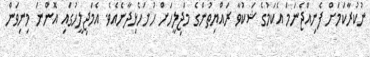
ނުކުރާކަމަށް ފެނިއްޖެނަމަ އެކަމުގެ ޝަކުވާ ރައްޔިތުންގެ މަޖިލީހަށް ހުށަހެޅިދާނެއެވެ. އެމަޖިލީހުގައި އޮންނަ މިނިވަން